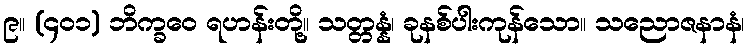
၉။ (၄၀၁) ဘိက္ခဝေ ရဟန်းတို့။ သတ္တန္နံ၊ ခုနစ်ပါးကုန်သော။ သညောဇနာနံ၊